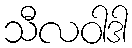
သီလဝါဒါ